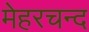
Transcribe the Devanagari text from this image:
मेहरचन्द